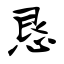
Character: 恳